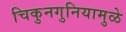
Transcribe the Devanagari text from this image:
चिकुनगुनियामुळे